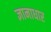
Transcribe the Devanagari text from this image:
ज्ञानाधार